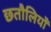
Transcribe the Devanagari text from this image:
छतौलियाँ